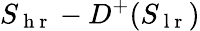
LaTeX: S_{\mathrm{~h~r~}}-D^{+}(S_{\mathrm{~l~r~}})